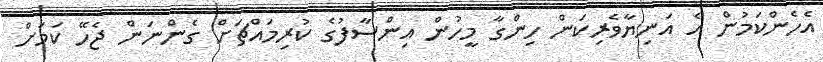
އެހެންކަމުން އެ އަނިޔާވެރިކަން ހިންގާ މީހުން އިންސާފުގެ ކުރިމައްޗަށް ގެންނަން ޖެހޭ ކަމަށް